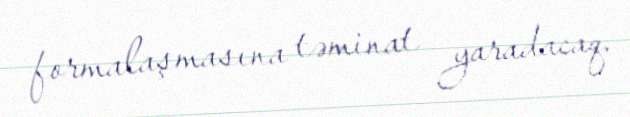
formalaşmasına təminat yaradacaq.